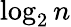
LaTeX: \log_{2}n